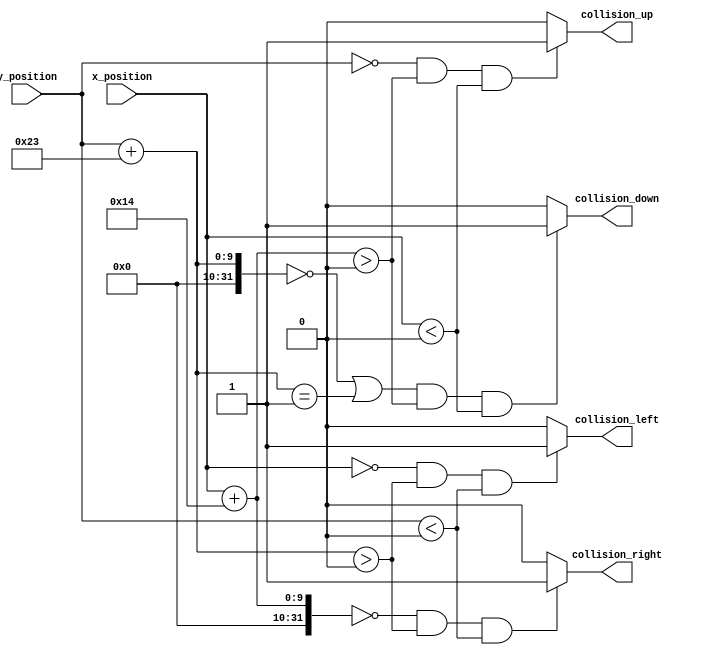
module Collision_Checker(input[8:0] x_position, y_position, output collision_left, collision_right, collision_up, collision_down);

/*********************************************************************/
/*									PARAMETERS											*/
/*********************************************************************/

	parameter LEFT_LIMIT = 0;
	parameter RIGHT_LIMIT = 0;
	parameter TOP_LIMIT = 0;
	parameter BOTTOM_LIMIT = 0;
	parameter PLAYER_WIDTH = 20;
	parameter PLAYER_HEIGHT = 35;
		
/*********************************************************************/
/*									COLLISION CHECKING								*/
/*********************************************************************/	
	
	assign collision_left = (x_position == RIGHT_LIMIT && y_position + PLAYER_HEIGHT > TOP_LIMIT && y_position < BOTTOM_LIMIT) ? 1'b1 : 1'b0;
	assign collision_right = (x_position + PLAYER_WIDTH == LEFT_LIMIT && y_position + PLAYER_HEIGHT > TOP_LIMIT && y_position < BOTTOM_LIMIT) ? 1'b1 : 1'b0;
	assign collision_up = ((y_position == BOTTOM_LIMIT || y_position == BOTTOM_LIMIT - 1) && x_position + PLAYER_WIDTH > LEFT_LIMIT && x_position < RIGHT_LIMIT) ? 1'b1 : 1'b0;
	assign collision_down = ((y_position + PLAYER_HEIGHT == TOP_LIMIT || y_position + PLAYER_HEIGHT == TOP_LIMIT + 1) && x_position + PLAYER_WIDTH > LEFT_LIMIT && x_position < RIGHT_LIMIT) ? 1'b1 : 1'b0;
	
endmodule